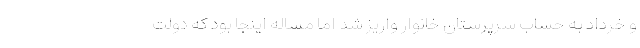
و خرداد به حساب سرپرستان خانوار واریز شد اما مساله اینجا بود که دولت